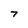
Character: 7